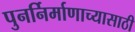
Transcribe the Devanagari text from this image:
पुनर्निर्माणाच्यासाठी